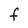
Character: F